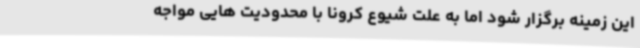
این زمینه برگزار شود اما به علت شیوع کرونا با محدودیت هایی مواجه